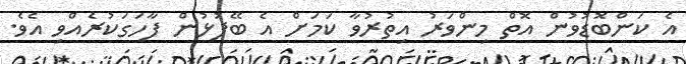
އެ ކަންބޮޑުވުން އޮތް މިންވަރު އިތުރުވާ ކަމަށް އެ ބޭފުޅުން ފާހަގަކުރެއްވި އެވެ.